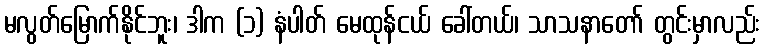
မလွတ်မြောက်နိုင်ဘူး၊ ဒါက (၁) နံပါတ် မေထုန်ငယ် ခေါ်တယ်၊ သာသနာတော် တွင်းမှာလည်း